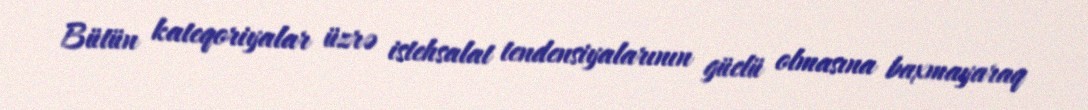
Bütün kateqoriyalar üzrə istehsalat tendensiyalarının güclü olmasına baxmayaraq